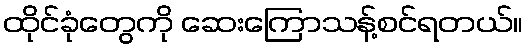
ထိုင်ခုံတွေကို ဆေးကြောသန့်စင်ရတယ်။